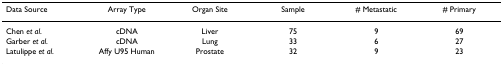
| Data Source | Array Type | Organ Site | Sample | # Metastatic | # Primary |
 | --- | --- | --- | --- | --- | --- |
 | Chen et al. | cDNA | Liver | 75 | 9 | 69 |
 | Garber et al. | cDNA | Lung | 33 | 6 | 27 |
 | Latulippe et al. | Affy U95 Human | Prostate | 32 | 9 | 23 |